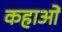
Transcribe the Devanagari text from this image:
कहाओं